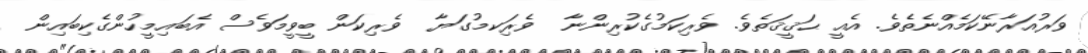
ވަރުއަރާނޭކަމެއްނެތެވެ. އެއީ ޙަޤީޤަތެވެ. ވެރިކަމުގެކުރިންނާ  ވެރިަކމުގަޔާ  ވެރިކަން ބީވީމަވެސް އެބައިމީހުންގެކިބައިން